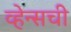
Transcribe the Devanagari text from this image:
व्हेन्सची